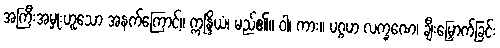
အကြီးအမှုးဟူသော အနက်ကြောင့်။ ဣန္ဒြိယံ၊ မည်၏။ ဝါ၊ ကား။ ပဂ္ဂဟ လက္ခဏေ၊ ချီးမြှောက်ခြင်း